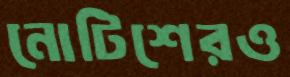
নোটিশেরও